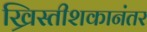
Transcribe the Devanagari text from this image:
ख्रिस्तीशकानंतर